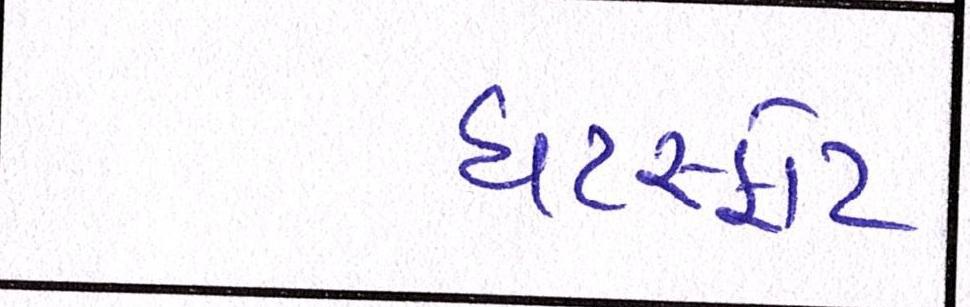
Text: ઘટસ્ફોટ